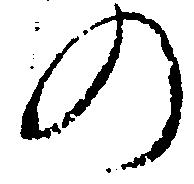
の